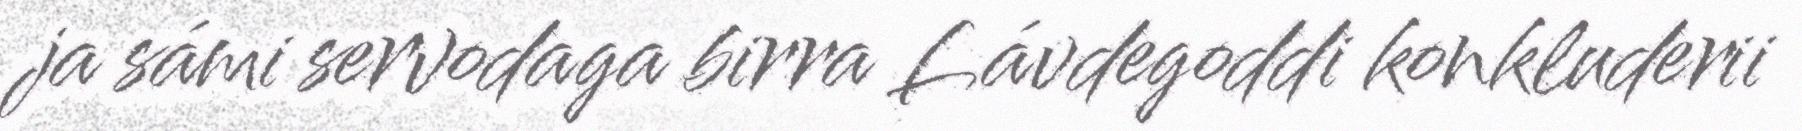
ja sámi servodaga birra Lávdegoddi konkluderii